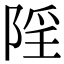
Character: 𨺄